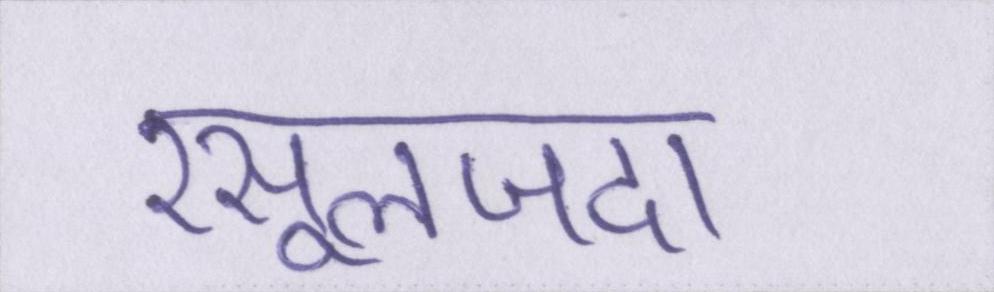
रसूलजदा